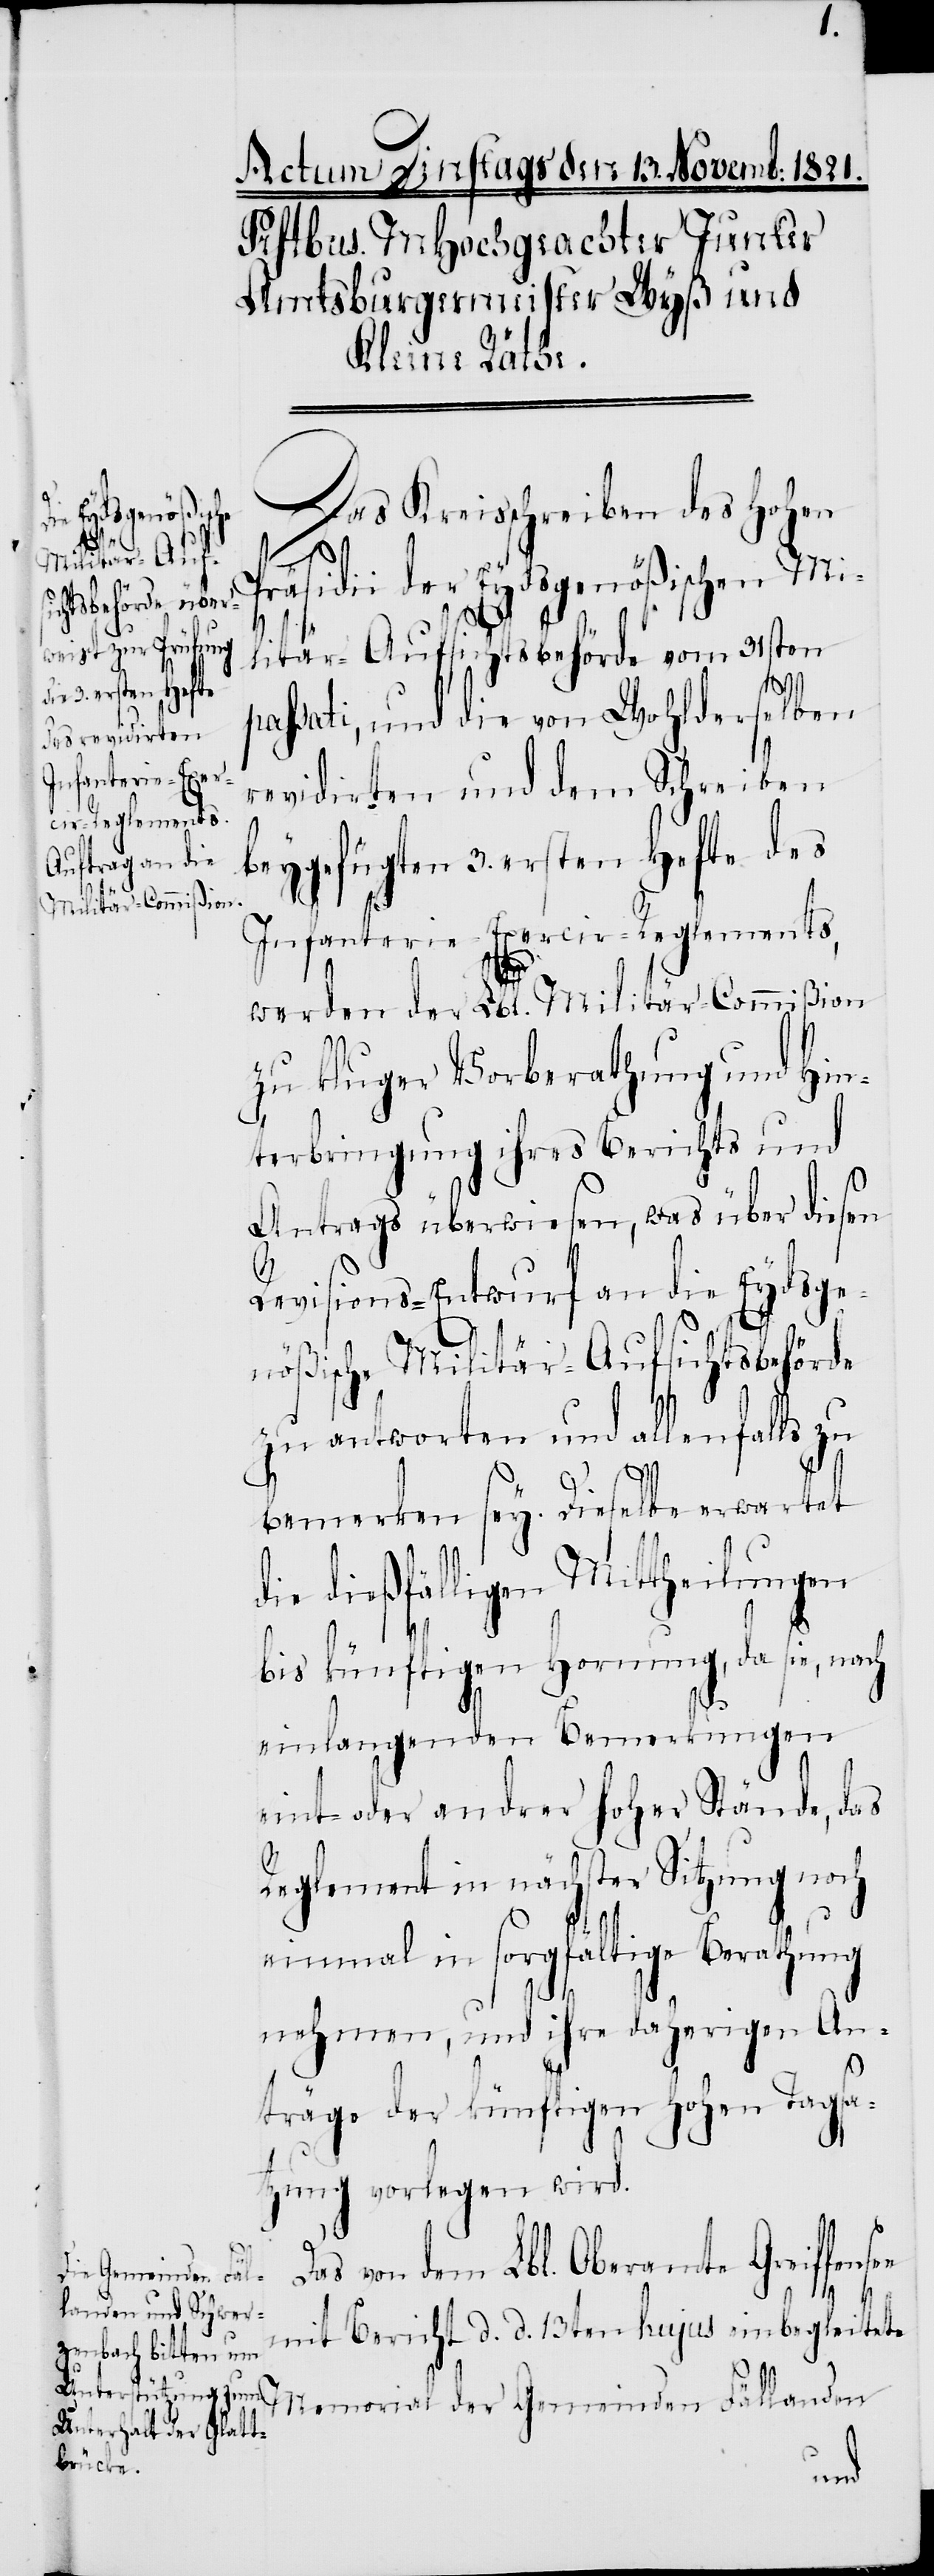
Das Kreisschreiben des Hohen
der Eydsgenößischen Mi¬
litär-Aufsichtsbehörde vom 31sten
passati, und die von Wohlderselben
revidirten und dem Schreiben
beygefügten 3. ersten Hefte des
Infanterie-Exercir-Reglements,
werden der Lbl. Militär-Commißion
zu kluger Vorberathung und Hin¬
terbringung ihres Berichts und
Antrags überwiesen, was über diesen
Revisions-Entwurf an die Eydsge¬
nößische Militär-Aufsichtsbehörde
zu antworten und allenfalls zu
ee
bemerken sey. Dieselbe erwartet
die dießfälligen Mittheilungen
bis künftigen Hornung, da sie, nach
einlangenden Bemerkungen
eint- oder andrer hoher Stände, das
Reglement in nächster Sitzung noch
einmal in sorgfältige Berathung
nehmen, und ihre daherigen An¬
träge der künftigen Hohen Tagsa¬
tzung vorlegen wird.
Das von dem Lbl. Oberamte Greiffens¬
mit Bericht d. d. 13ten hujus einbegleitete
Memorial der Gemeinden Fällanden